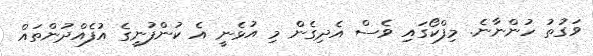
ވަގުތު ހުންނާނެ. މިފްކޯގައި ވެސް އެދިގެން މި އުޅެނީ އެ ކުންފުނީގެ އުފެއްދުންތައް